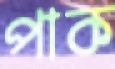
পাক